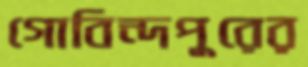
গোবিন্দপুরের